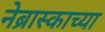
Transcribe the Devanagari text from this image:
नेब्रास्काच्या